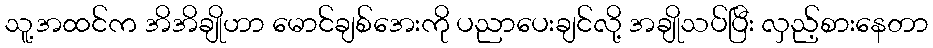
သူ့အထင်က အိအိချိုဟာ မောင်ချစ်အေးကို ပညာပေးချင်လို့ အချိုသပ်ပြီး လှည့်စားနေတာ